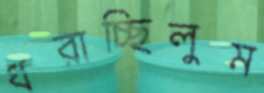
ধরাচ্ছিলুম